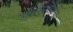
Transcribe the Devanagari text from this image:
डीसेस्थेसिया